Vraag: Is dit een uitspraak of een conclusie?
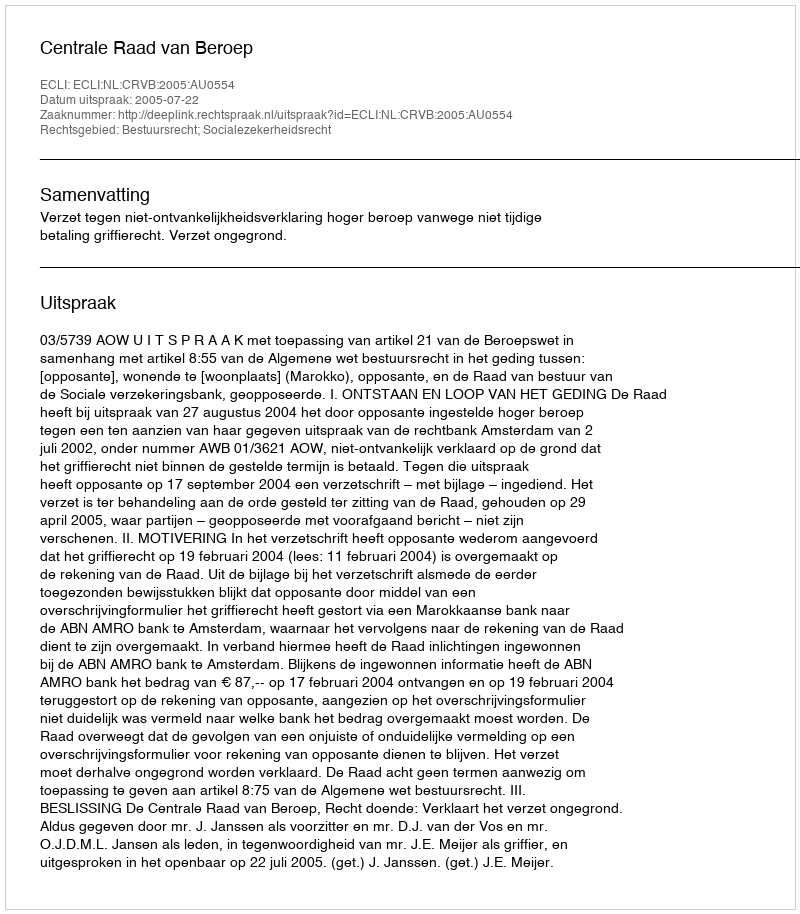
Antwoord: Uitspraak